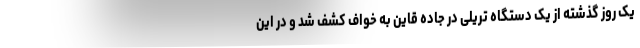
یک روز گذشته از یک دستگاه تریلی در جاده قاین به خواف کشف شد و در این